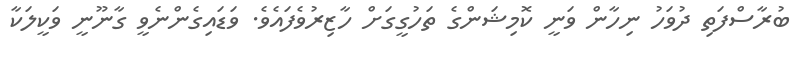
ބުރާސްފަތި ދުވަހު ނިހާން ވަނީ ކޮމިޝަންގެ ތަހުގީގަށް ހާޒިރުވެފައެވެ. ވަޑައިގެންނެވީ ގާނޫނީ ވަކީލަކާ